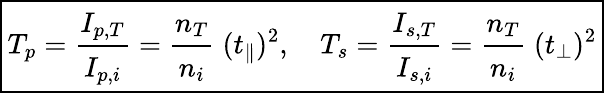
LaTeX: \boxed{T_{p}=\cfrac{I_{p,T}}{I_{p,i}}=\cfrac{n_{T}}{n_{i}}\; (t_{\parallel})^{2},\quad T_{s}=\cfrac{I_{s,T}}{I_{s,i}}=\cfrac{n_{T}}{n_{i}}\; (t_{\perp})^{2}}